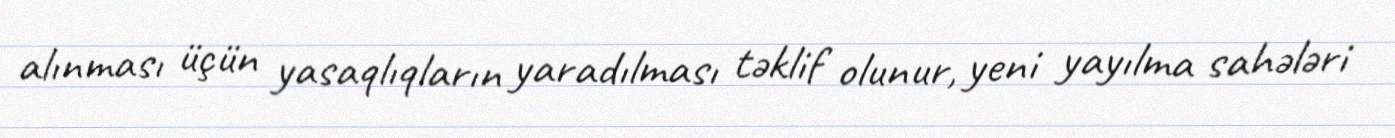
alınması üçün yasaqlıqların yaradılması təklif olunur, yeni yayılma sahələri